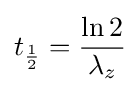
t_{\frac {1}{2}}={\frac {\ln 2}{\lambda _{z}}}